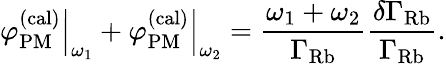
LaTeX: \left.\varphi_{\mathrm{PM}}^{(\mathrm{cal)}}\right\vert_{\omega_{1}}+\left.\varphi_{\mathrm{PM}}^{(\mathrm{cal)}}\right\vert_{\omega_{2}}=\frac{\omega_{1}+\omega_{2}}{\Gamma_{\mathrm{Rb}}}\frac{\delta\Gamma_{\mathrm{Rb}}}{\Gamma_{\mathrm{Rb}}}.